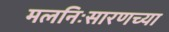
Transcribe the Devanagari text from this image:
मलनिःसारणच्या